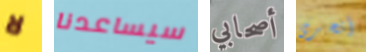
لا سيساعدنا أصحابي أتحرى